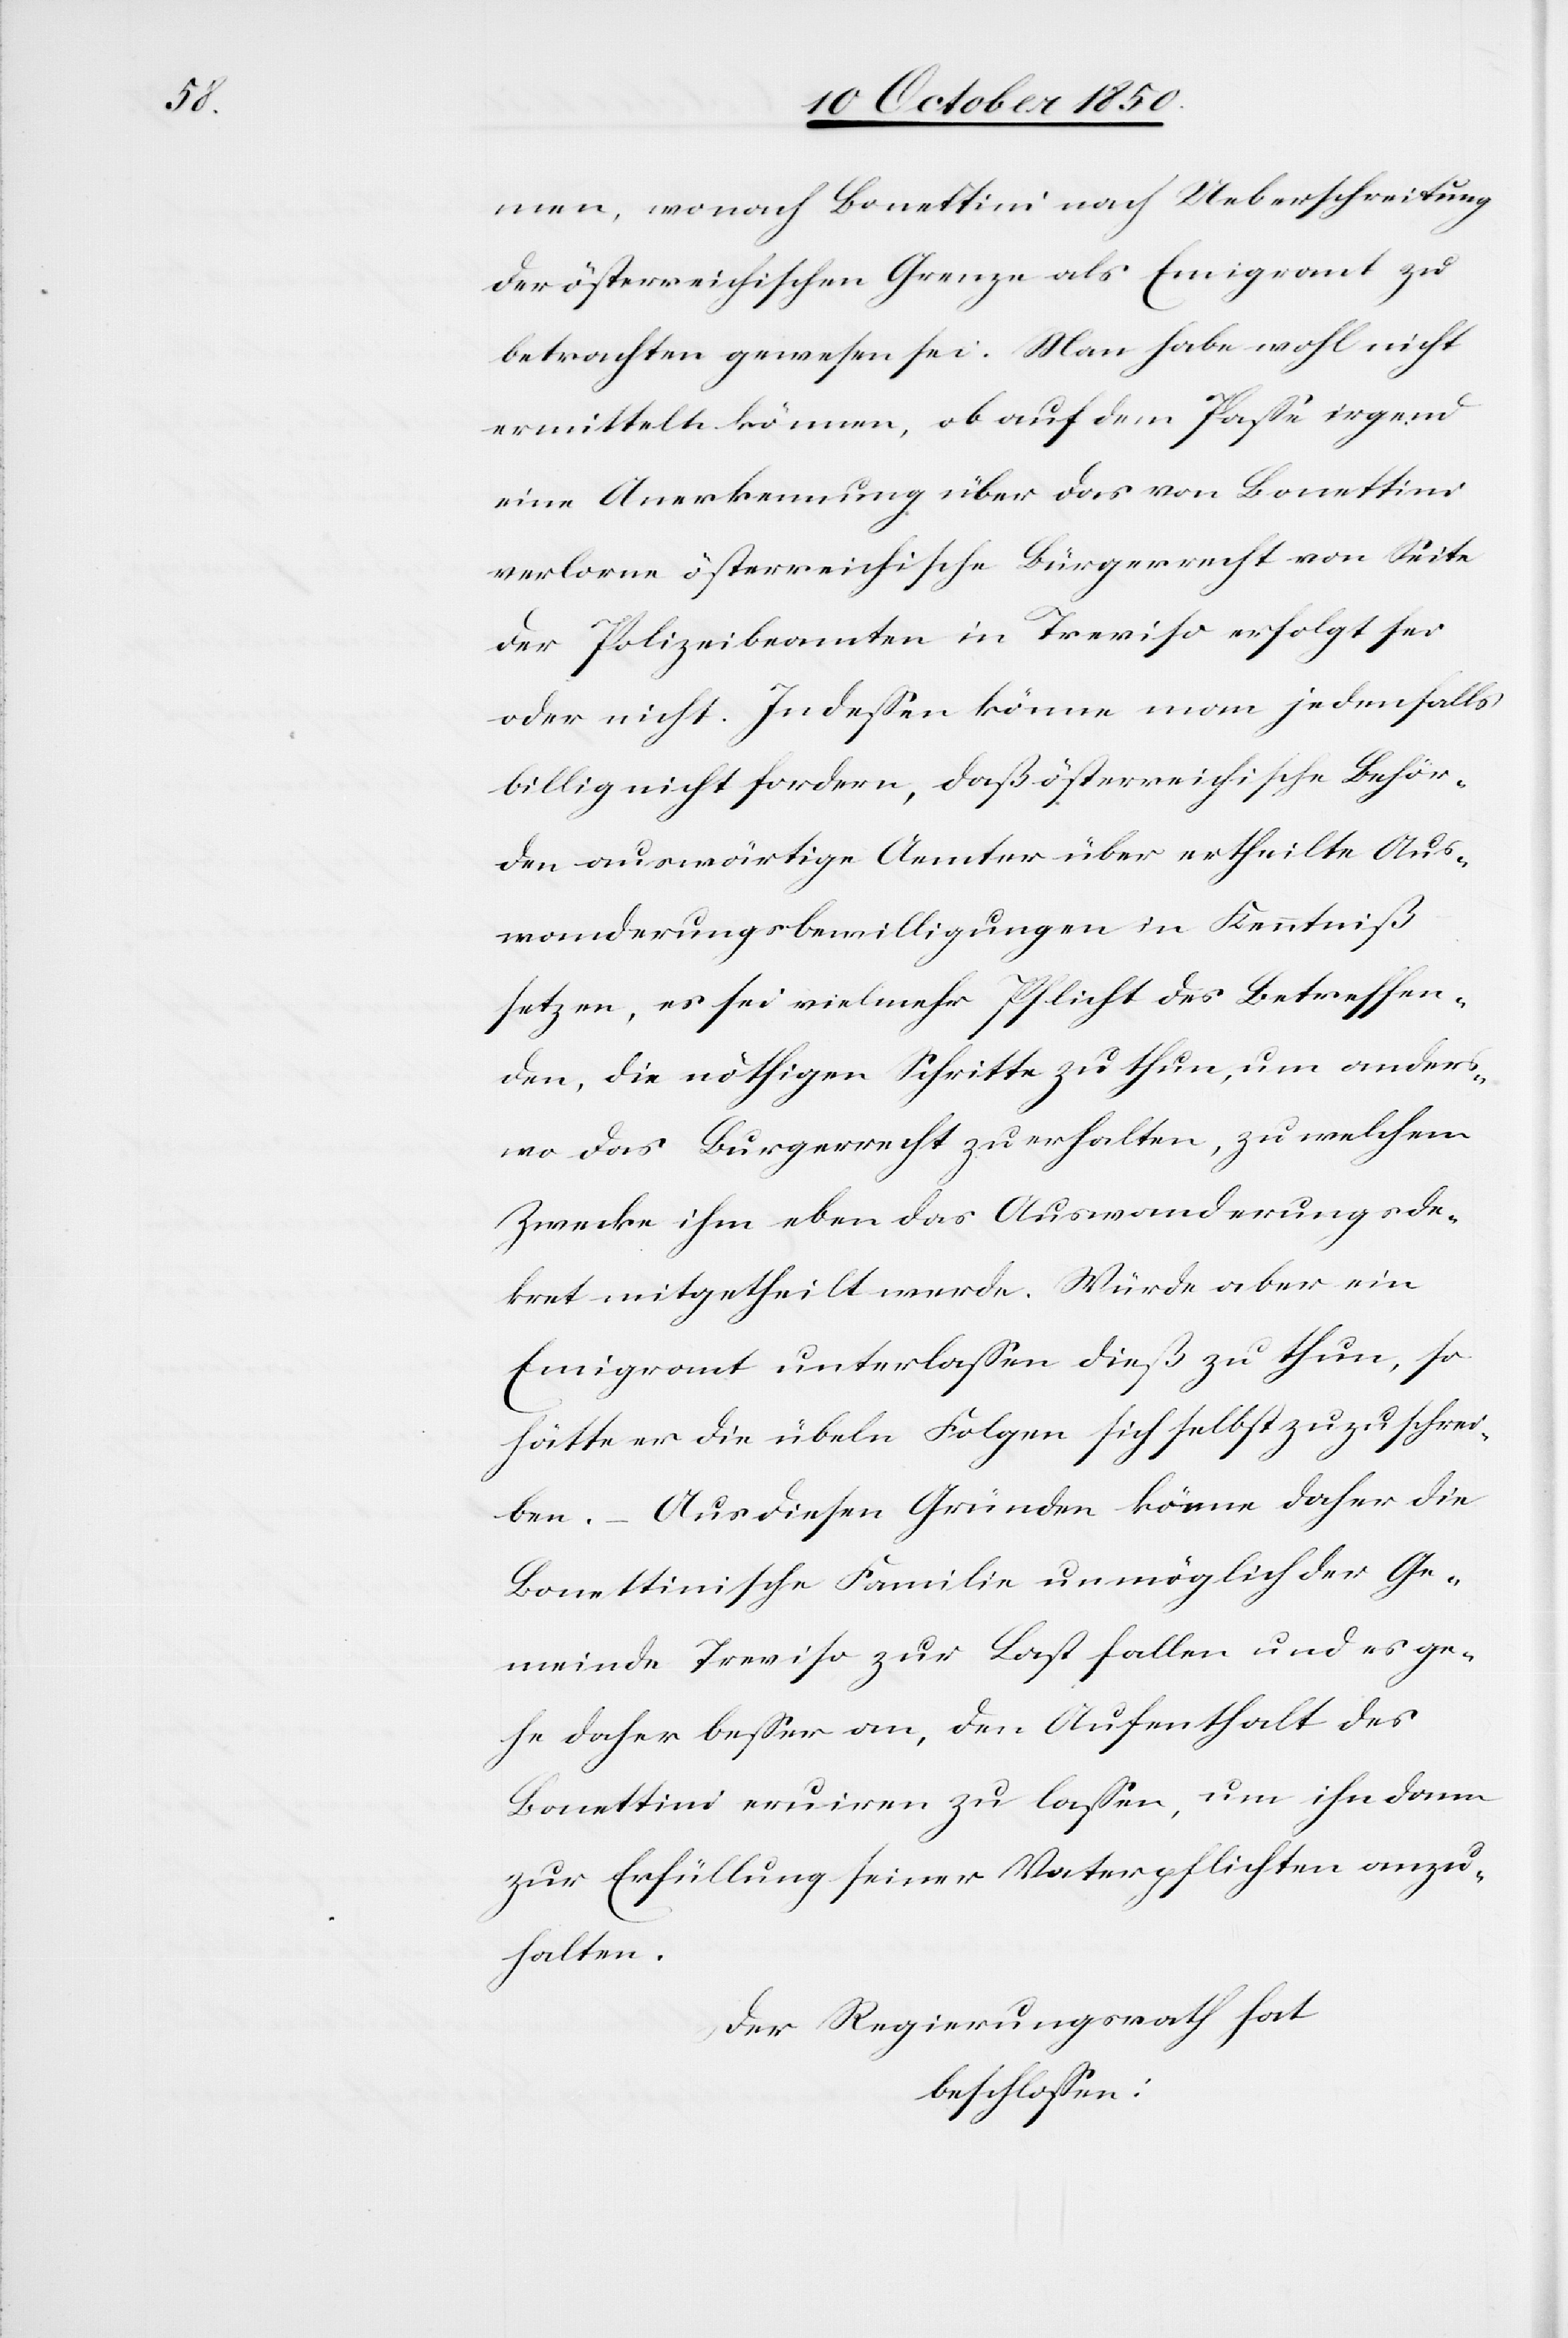
men, wonach Bonettini nach Ueberschreitung
der österreichischen Grenze als Emigrant zu
betrachten gewesen sei. Man habe wohl nicht
ermitteln können, ob auf dem Passe irgend
eine Anerkennung über das von Bonettini
verlorne österreichische Bürgerrecht von Seite
der Polizeibeamten in Treviso erfolgt sei
oder nicht. In dessen könne man jedenfalls
billig nicht fordern, daß österreichische Behör¬
den auswärtige Aemter über ertheilte Aus¬
wanderungsbewilligungen in Kenntniß
setzen, es sei vielmehr Pflicht des Betreffen¬
den, die nöthigen Schritte zu thun, um anders¬
wo das Bürgerrecht zu erhalten, zu welchem
Zwecke ihm eben das Auswanderungsde¬
kret mitgetheilt werde. Würde aber ein
Emigrant unterlassen dieß zu thun, so
hätte er die übeln Folgen sich selbst zuzuschrei¬
ben. – Aus diesen Gründen könne daher die
Bonettinische Familie unmöglich der Ge¬
meinde Treviso zur Last fallen und es ge¬
he daher besser an, den Aufenthalt des
Bonettini eruiren zu lassen, um ihn dann
zur Erfüllung seiner Vaterpflichten anzu¬
halten.
Der Regierungsrath hat
beschlossen: